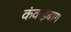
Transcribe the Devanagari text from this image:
कंकड़बाग